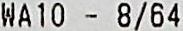
WA10 - 8/64